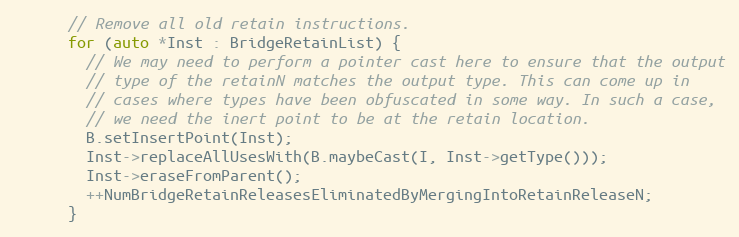
Language: C++
      // Remove all old retain instructions.
      for (auto *Inst : BridgeRetainList) {
        // We may need to perform a pointer cast here to ensure that the output
        // type of the retainN matches the output type. This can come up in
        // cases where types have been obfuscated in some way. In such a case,
        // we need the inert point to be at the retain location.
        B.setInsertPoint(Inst);
        Inst->replaceAllUsesWith(B.maybeCast(I, Inst->getType()));
        Inst->eraseFromParent();
        ++NumBridgeRetainReleasesEliminatedByMergingIntoRetainReleaseN;
      }